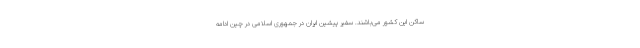
ساکن این کشور می‌باشند. سفیر پیشین ایران در جمهوری اسلامی در چین ادامه